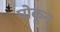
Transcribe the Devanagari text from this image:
घोकून